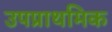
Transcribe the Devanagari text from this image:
उपप्राथमिक